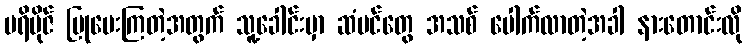
ပရိဗိုဇ် ပြုပေးကြတဲ့အတွက် သူ့ခေါင်းမှာ ဆံပင်တွေ အသစ် ပေါက်လာတဲ့အခါ နားတောင်းလို